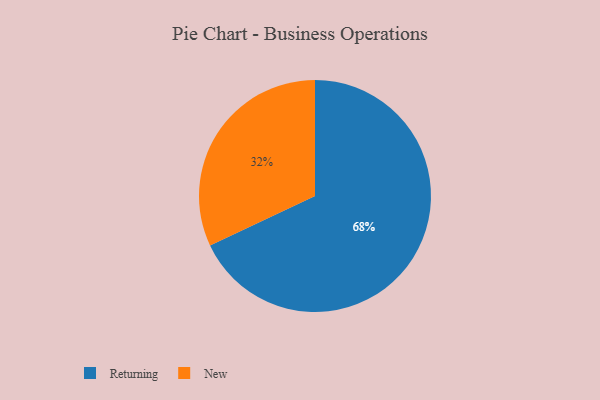
{"axis": {"x": "Category", "y": "Percentage"}, "legend": ["New", "Returning"], "data": [{"x": "New", "y": 32, "type": "New"}, {"x": "Returning", "y": 68, "type": "Returning"}]}